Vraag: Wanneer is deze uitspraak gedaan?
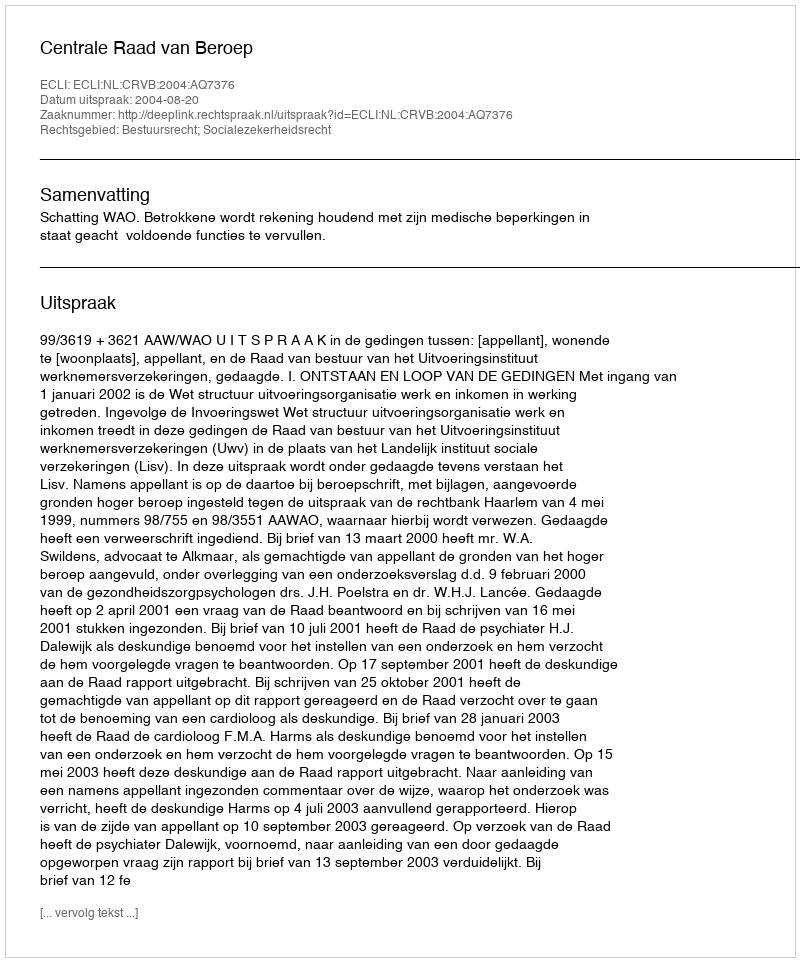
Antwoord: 2004-08-20